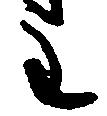
主